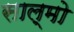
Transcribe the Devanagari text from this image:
साल्मो